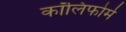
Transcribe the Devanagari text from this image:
कॉलिफोर्म